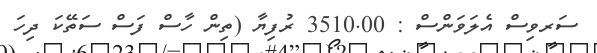
ސަރވިސް އެލަވަންސް : 3510.00 ރުފިޔާ (ތިން ހާސް ފަސް ސަތޭކަ ދިހަ